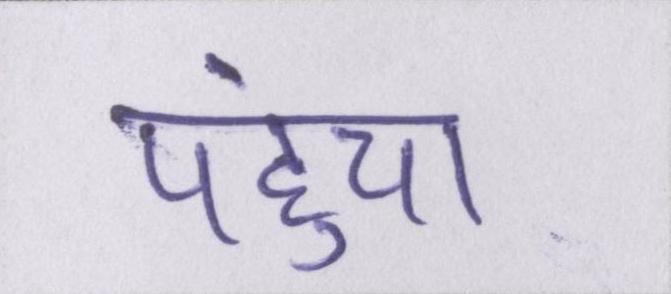
पहुंचा